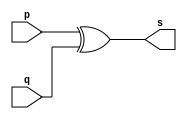
// ---------------------
// Exemplo0005 - xor 
// Nome: Silvino Henrique Santos de Souza
// --------------------- 
// --------------------- 
// -- xor gate 
// --------------------- 
module xorgate (output [0:3] s, 
input [0:3] p, 
input [0:3] q); 
assign s = p ^ q; 
endmodule // xor 
// --------------------- 
// -- test xorgate 
// --------------------- 
module testxorgate; 
// ------------------------- dados locais 
reg [0:3] a,b; // definir registrador 
wire [0:3] s; // definir conexao (fio) 
// ------------------------- instancia 
xorgate XOR1 (s, a, b); 
// ------------------------- preparacao 
initial begin:start 
a=4'b0011; // 4 valores binarios 
b=4'b0101; // 4 valores binarios 
end 
// ------------------------- parte principal 
initial begin:main 
$display("Exemplo0005 - Silvino Henrique Santos de Souza - 412773");
$display("Test xor gate"); 
$display("\n a ^ b = s\n"); 
$monitor("%b ^ %b = %b", a, b, s); 
#1 a=0; b=0; // valores decimais 
#1 a=4'b0010; b=4'b0001; // valores binarios 
#1 a=4'd1; b=3; // decimal e decimal 
#1 a=4'o5; b=2; // octal e decimal 
#1 a=4'hA; b=3; // hexadecimal e decimal 
#1 a=4'h9; b=4'o3; // hexadecimal e octal 
end 
endmodule // testxorgate